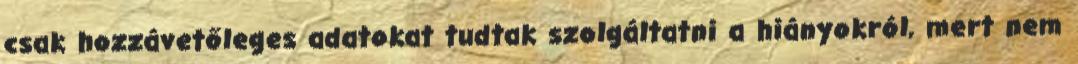
csak hozzávetőleges adatokat tudtak szolgáltatni a hiányokról, mert nem